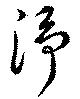
浄